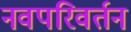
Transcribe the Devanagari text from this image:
नवपरिवर्तन